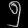
Digit: ၅